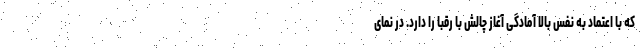
که با اعتماد به نفس بالا آمادگی آغاز چالش با رقبا را دارد. در نمای